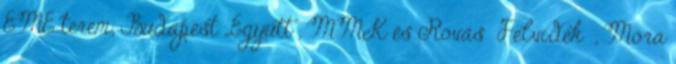
EME terem, Budapest „Együtt”, MMK és Rovás Felvidék , Móra